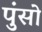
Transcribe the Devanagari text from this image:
पुंसो